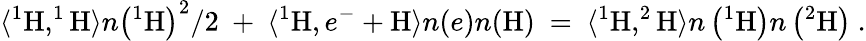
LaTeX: \langle\mathrm{^1H,^{1}H}\rangle n\left(\mathrm{^1H}\right)^{2}/2~+~\langle\mathrm{^1H},e^{-}+\mathrm{H}\rangle n(e)n(\mathrm{H})~=~\langle\mathrm{^1H,^{2}H}\rangle n\left(\mathrm{^1H}\right)n\left(\mathrm{^2H}\right)~.